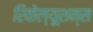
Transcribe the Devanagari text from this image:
रिवोल्यूशन्स